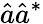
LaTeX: \hat{a}\hat{a}^{*}